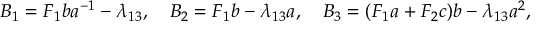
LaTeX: B _ { 1 } = F _ { 1 } b a ^ { - 1 } - \lambda _ { 1 3 } , \quad B _ { 2 } = F _ { 1 } b - \lambda _ { 1 3 } a , \quad B _ { 3 } = ( F _ { 1 } a + F _ { 2 } c ) b - \lambda _ { 1 3 } a ^ { 2 } ,